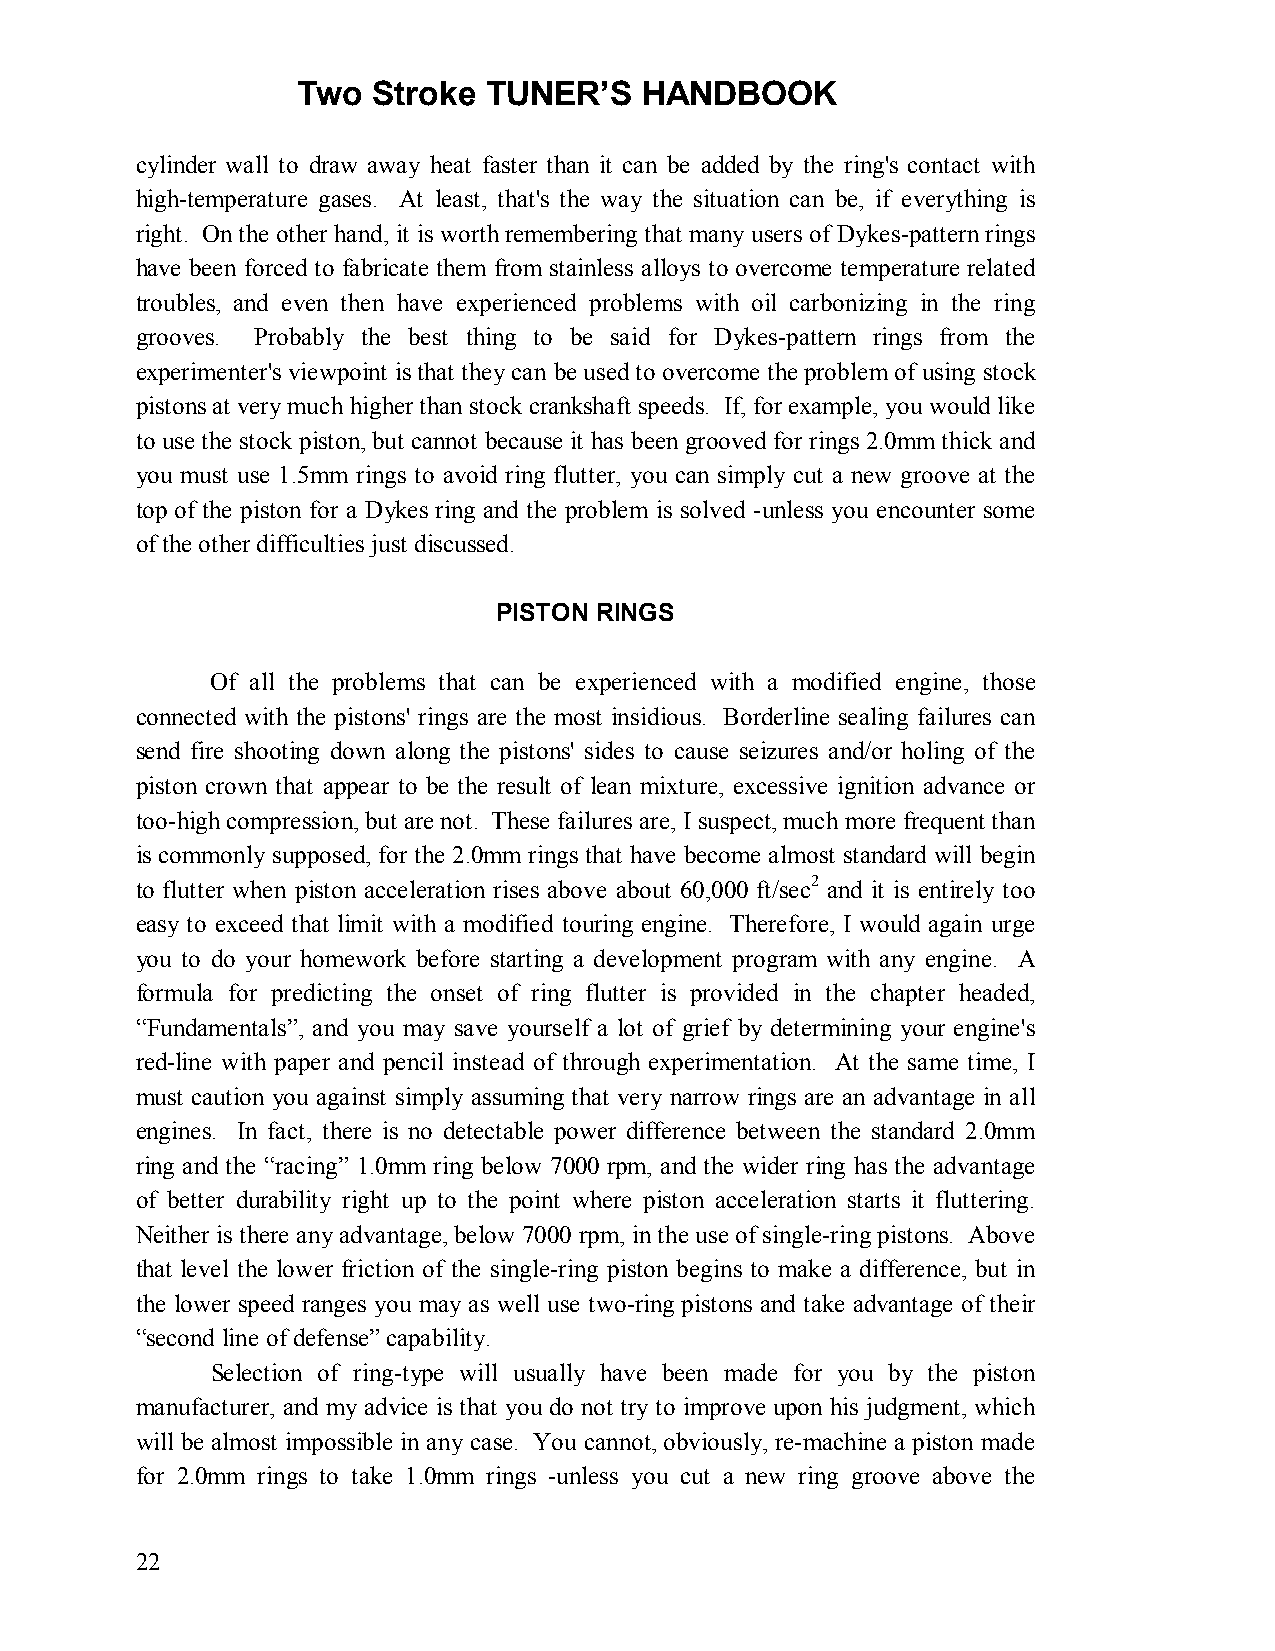
Two  Stroke TUNER’S   HANDBOOK
 cylinder wall to draw away heat faster than it can be added by the ring's contact with
 high-temperature gases. At least, that's the way the situation can be, if everything is
 right. On the other hand, it is worth remembering that many users of Dykes-pattern rings
 have been forced to fabricate them from stainless alloys to overcome temperature related
 troubles, and even then have experienced problems with oil carbonizing in the ring
 grooves. Probably the best thing to be said for Dykes-pattern rings from the
 experimenter's viewpoint is that they can be used to overcome the problem of using stock
 pistons at very much higher than stock crankshaft speeds. If, for example, you would like
 to use the stock piston, but cannot because it has been grooved for rings 2.0mm thick and
 you must use 1.5mm rings to avoid ring flutter, you can simply cut a new groove at the
 top of the piston for a Dykes ring and the problem is solved -unless you encounter some
 of the other difficulties just discussed.
 PISTON RINGS
 Of all the problems that can be experienced with a modified engine, those
 connected with the pistons' rings are the most insidious. Borderline sealing failures can
 send fire shooting down along the pistons' sides to cause seizures and/or holing of the
 piston crown that appear to be the result of lean mixture, excessive ignition advance or
 too-high compression, but are not. These failures are, I suspect, much more frequent than
 is commonly supposed, for the 2.0mm rings that have become almost standard will begin
 to flutter when piston acceleration rises above about 60,000 ft/sec2 and it is entirely too
 easy to exceed that limit with a modified touring engine. Therefore, I would again urge
 you to do your homework before starting a development program with any engine. A
 formula for predicting the onset of ring flutter is provided in the chapter headed,
 “Fundamentals”, and you may save yourself a lot of grief by determining your engine's
 red-line with paper and pencil instead of through experimentation. At the same time, I
 must caution you against simply assuming that very narrow rings are an advantage in all
 engines. In fact, there is no detectable power difference between the standard 2.0mm
 ring and the “racing” 1.0mm ring below 7000 rpm, and the wider ring has the advantage
 of better durability right up to the point where piston acceleration starts it fluttering.
 Neither is there any advantage, below 7000 rpm, in the use of single-ring pistons. Above
 that level the lower friction of the single-ring piston begins to make a difference, but in
 the lower speed ranges you may as well use two-ring pistons and take advantage of their
 “second line of defense” capability.
 Selection of ring-type will usually have been made for you by the piston
 manufacturer, and my advice is that you do not try to improve upon his judgment, which
 will be almost impossible in any case. You cannot, obviously, re-machine a piston made
 for 2.0mm rings to take 1.0mm rings -unless you cut a new ring groove above the
 22